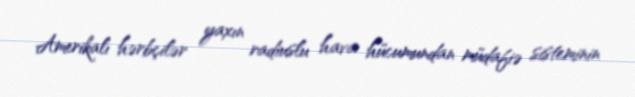
Amerikalı hərbçilər yaxın radiuslu hava hücumundan müdafiə sisteminin